Indian Medical Review
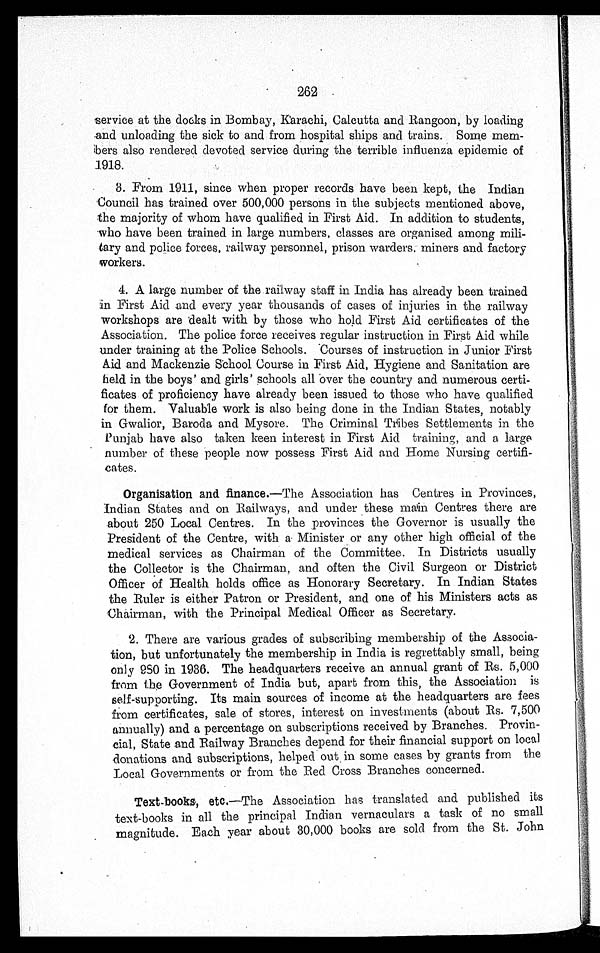
262
service at the docks in Bombay, Karachi, Calcutta and Rangoon, by loading
and unloading the sick to and from hospital ships and trains. Some mem
-
bers also rendered devoted service during the terrible influenza epidemic of
1918.
3. From 1911, since when proper records have been kept, the Indian
Council has trained over 500,000 persons in the subjects mentioned above,
the majority of whom have qualified in First Aid. In addition to students,
who have been trained in large numbers, classes are organised among mili
-
tary and police forces, railway personnel, prison warders. miners and factory
workers.
4. A large number of the railway staff in India has already been trained
in First Aid and every year thousands of cases of injuries in the railway
workshops are dealt with by those who hold First Aid certificates of the
Association. The police force receives regular instruction in First Aid while
under training at the Police Schools. Courses of instruction in Junior First
Aid and Mackenzie School Course in First Aid, Hygiene and Sanitation are
held in the boys' and girls' schools all over the country and numerous certi
-
ficates of proficiency have already been issued to those who have qualified
for them. Valuable work is also being done in the Indian States, notably
in Gwalior, Baroda and Mysore. The Criminal Tribes Settlements in the
Punjab have also taken keen interest in First Aid training, and a large
number of these people now possess First Aid and Home Nursing certifi
-
cates.
Organisation and finance. —The Association has Centres in Provinces,
Indian States and on Railways, and under these main Centres there are
about 250 Local Centres. In the provinces the Governor is usually the
President of the Centre, with a Minister or any other high official of the
medical services as Chairman of the Committee. In Districts usually
the Collector is the Chairman, and often the Civil Surgeon or District
Officer of Health holds office as Honorary Secretary. In Indian States
the Ruler is either Patron or President, and one of his Ministers acts as
Chairman, with the Principal Medical Officer as Secretary.
2. There are various grades of subscribing membership of the Associa
-
tion, but unfortunately the membership in India is regrettably small, being
only 980 in 1936. The headquarters receive an annual grant of Rs. 5,000
from the Government of India but, apart from this, the Association is
self-supporting. Its main sources of income at the headquarters are fees
from certificates, sale of stores, interest on investments (about Rs. 7,500
annually) and a percentage on subscriptions received by Branches. Provin
-
cial, State and Railway Branches depend for their financial support on local
donations and subscriptions, helped out . in some cases by grants from the
Local Governments or from the Red Cross Branches concerned.
Text-books, etc. —The Association has translated and published its
text-books in all the principal Indian vernaculars a task of no small
magnitude. Each year about 30,000 books are sold from the St. John